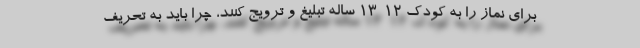
برای نماز را به کودک 12-13 ساله تبلیغ و ترویج کنند، چرا باید به تحریف